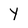
Character: Y